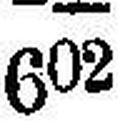
602